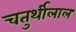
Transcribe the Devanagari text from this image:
चतुर्थीलाल